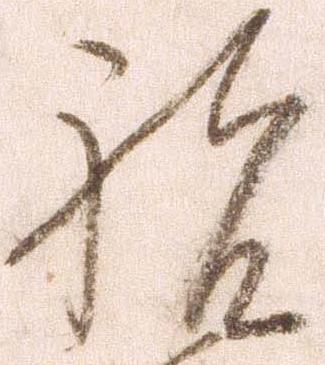
祝